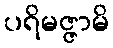
ပရိမဇ္ဇာမိ